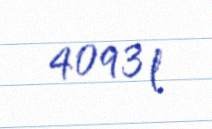
4093 l